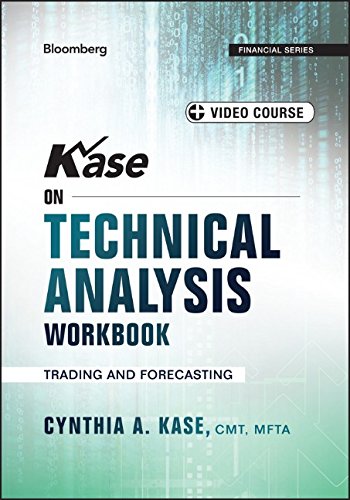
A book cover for Kase on Technical Analysis Workbook, + Video Course: Trading and Forecasting (Bloomberg Financial); Cynthia A. Kase; Business & Money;